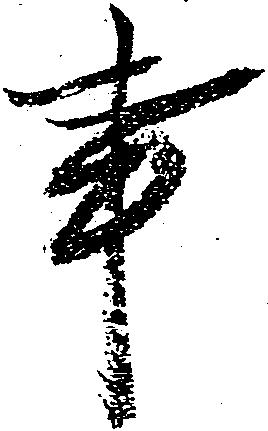
事